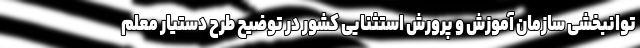
توانبخشی سازمان آموزش و پرورش استثنایی کشور در توضیح طرح دستیار معلم